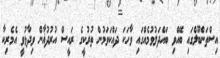
އިސްތަންބޫލްގައި ބޭއްވި ބައްދަލުވުމެއްގައި ވާހަކަ ދައްކަވަމުން ތުރުކީގެ ރައީސް އުރުދުޣާން ވިދާޅުވީ އެމެރިކާ